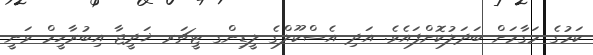
ކަމުގެ މަގާމަށް ބަދަލުކޮށްފައެވެ. އަދި އެސްކޫލްގެ ލީޑިންގ ޓީޗަރ ޚަދީޖާ އިބުރާހީމް ވަނީ